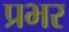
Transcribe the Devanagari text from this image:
प्रभर